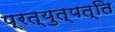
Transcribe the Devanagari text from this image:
प्रत्युत्पत्ति